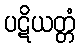
ပဋိယတ္တံ